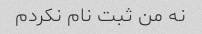
نه من ثبت نام نکردم